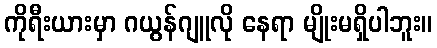
ကိုရီးယားမှာ ဂယွန်ဂျူလို နေရာ မျိုးမရှိပါဘူး။